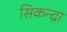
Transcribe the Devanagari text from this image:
सिकन्द्रा